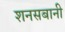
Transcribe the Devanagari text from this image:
शनसबानी